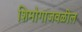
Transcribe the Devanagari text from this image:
शिमोगाजवळील